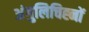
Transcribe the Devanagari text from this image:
अंगुलिचिह्नों